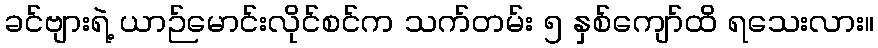
ခင်ဗျားရဲ့ ယာဉ်မောင်းလိုင်စင်က သက်တမ်း ၅ နှစ်ကျော်ထိ ရသေးလား။